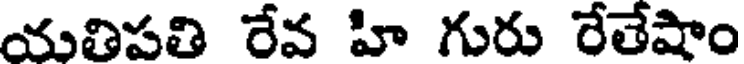
యవిపతి రేవ హి గురు రేతేషాం